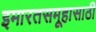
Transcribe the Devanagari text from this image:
इमारतसमूहासाठी